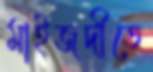
মাইজদীতে